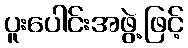
ပူးပေါင်းအဖွဲ့ဖြင့်